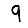
Digit: 9